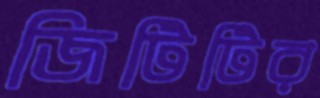
জিটিটির